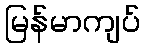
မြန်မာကျပ်